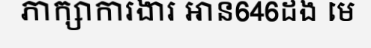
ភាក្សាការងារ អាន646ដង មេ